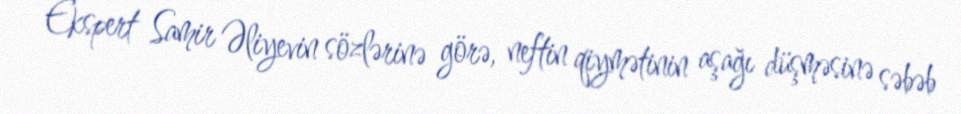
Ekspert Samir Əliyevin sözlərinə görə, neftin qiymətinin aşağı düşməsinə səbəb